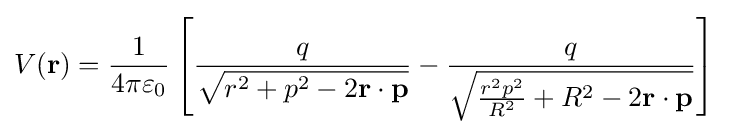
V(\mathbf {r} )={\frac {1}{4\pi \varepsilon _{0}}}\left[{\frac {q}{\sqrt {r^{2}+p^{2}-2\mathbf {r} \cdot \mathbf {p} }}}-{\frac {q}{\sqrt {{\frac {r^{2}p^{2}}{R^{2}}}+R^{2}-2\mathbf {r} \cdot \mathbf {p} }}}\right]